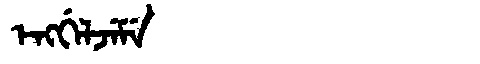
Manchu: ᡝᠩᡤᡝᠯᠵᡝᠮᡝ
Romanization: ENGGELJEME